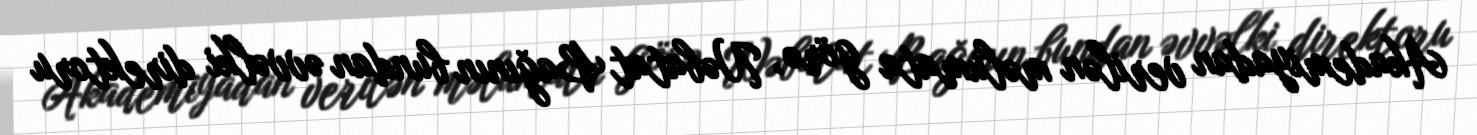
Akademiyadan verilən məlumata görə, Nəbatat Bağının bundan əvvəlki direktoru